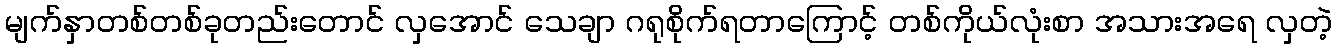
မျက်နှာတစ်တစ်ခုတည်းတောင် လှအောင် သေချာ ဂရုစိုက်ရတာကြောင့် တစ်ကိုယ်လုံးစာ အသားအရေ လှတဲ့